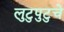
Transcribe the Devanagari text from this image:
लुटुपुटुचे